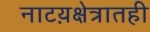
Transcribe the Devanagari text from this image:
नाटय़क्षेत्रातही